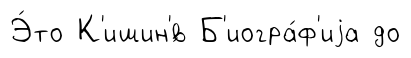
Э́то К'ишин'́в Б'иогра́ф'иjа до